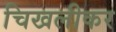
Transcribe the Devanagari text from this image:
चिखलीकर